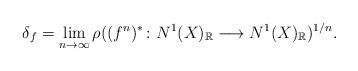
LaTeX: \begin{align*}\delta_{f}=\lim_{n\to \infty}\rho((f^{n})^{*} \colon N^{1}(X)_{ {\mathbb{R}}} \longrightarrow N^{1}(X)_{ {\mathbb{R}}})^{1/n}.\end{align*}